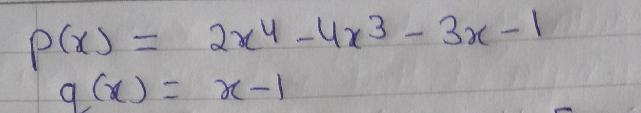
\begin{align*}
p(x)&=2x^4 - 4x^3 - 3x - 1\\
q(x)&=x - 1
\end{align*}